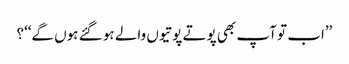
’’اب تو آپ بھی پوتے پوتیوں والے ہو گئے ہوں گے‘‘؟